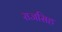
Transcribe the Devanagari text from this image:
राजसिह